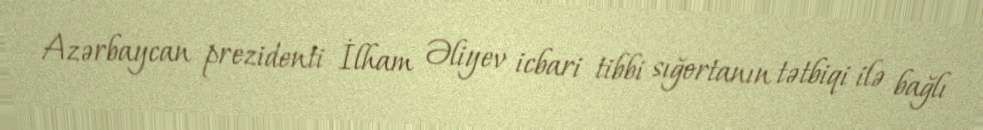
Azərbaycan prezidenti İlham Əliyev icbari tibbi sığortanın tətbiqi ilə bağlı